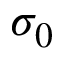
\sigma _ { 0 }